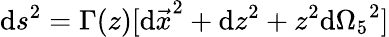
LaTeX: \mathrm{d}s^{2}=\Gamma(z)[{\mathrm{d}\vec{{x}}}^{2}+\mathrm{d}z^{2}+z^{2}{\mathrm{d}\Omega_{5}}^{2}]